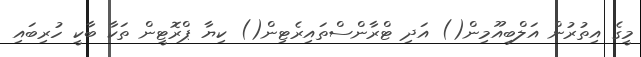
މީގެ އިތުރުން އަލްބިއޫމިން() އަދި ޓްރާންސްތައިރެޓިން() ކިޔާ ޕްރޮޓީން ތަކާ ބާކީ ހުރިބައި